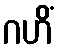
ဂဟိံ